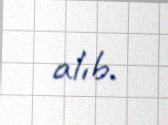
alıb.